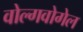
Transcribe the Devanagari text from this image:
वोल्गवोगेल